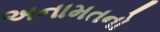
અનામતનો